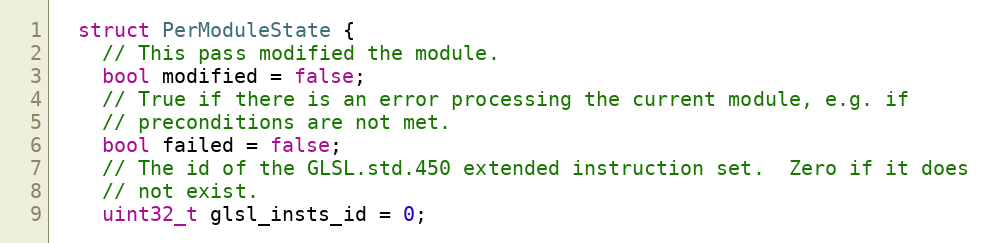
Language: C
  struct PerModuleState {
    // This pass modified the module.
    bool modified = false;
    // True if there is an error processing the current module, e.g. if
    // preconditions are not met.
    bool failed = false;
    // The id of the GLSL.std.450 extended instruction set.  Zero if it does
    // not exist.
    uint32_t glsl_insts_id = 0;